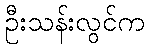
ဦးသန်းလွင်က